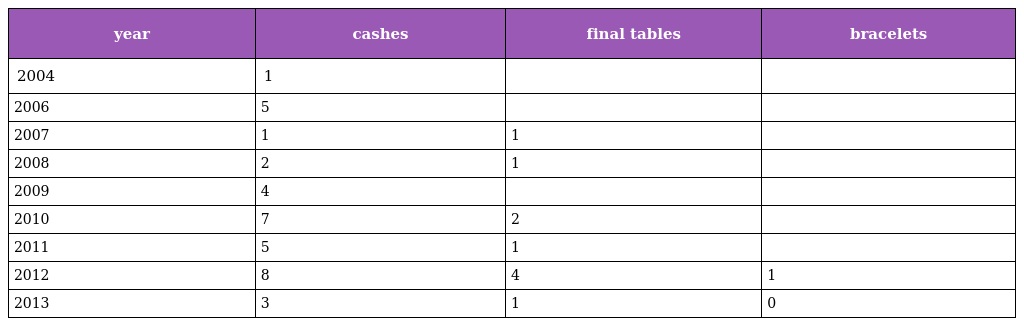
| year | cashes | final tables | bracelets |
 | --- | --- | --- | --- |
 | 2004 | 1 |  |  |
 | 2006 | 5 |  |  |
 | 2007 | 1 | 1 |  |
 | 2008 | 2 | 1 |  |
 | 2009 | 4 |  |  |
 | 2010 | 7 | 2 |  |
 | 2011 | 5 | 1 |  |
 | 2012 | 8 | 4 | 1 |
 | 2013 | 3 | 1 | 0 |